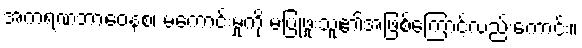
အကရဏဘာဝေနစ၊ မကောင်းမှုကို မပြုဖူးသူ၏အဖြစ်ကြောင့်လည်းကောင်း။